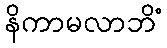
နိကာမလာဘိံ